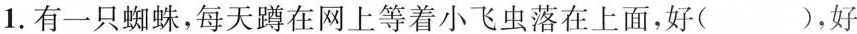
1.有一只蜘蛛，每天蹲在网上等着小飞虫落在上面，好( )，好